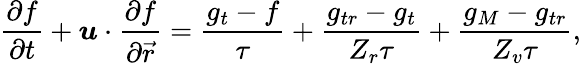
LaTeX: \frac{\partial f}{\partial t}+\boldsymbol{u}\cdot\frac{\partial f}{\partial\vec{r}}=\frac{g_{t}-f}{\tau}+\frac{g_{tr}-g_{t}}{Z_{r}\tau}+\frac{g_{M}-g_{tr}}{Z_{v}\tau},